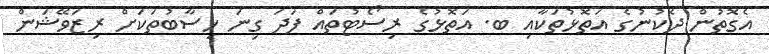
އެގޮތުން ދެކުނުގެ އަތޮޅުތަކާއި ބ. އަތޮޅުގެ ރިސޯޓުތައް ފަދަ ގިނަ ހިސާބުތަކަށް ރިޒަވޭޝަން